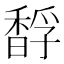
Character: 馟